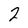
Character: 2